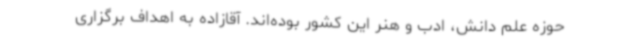
حوزه علم دانش، ادب و هنر این کشور بوده‌اند. آقازاده به اهداف برگزاری